Notes on vaccination in the North-West Frontier Province 1923-1928 - 1923-1928
Year: 1923
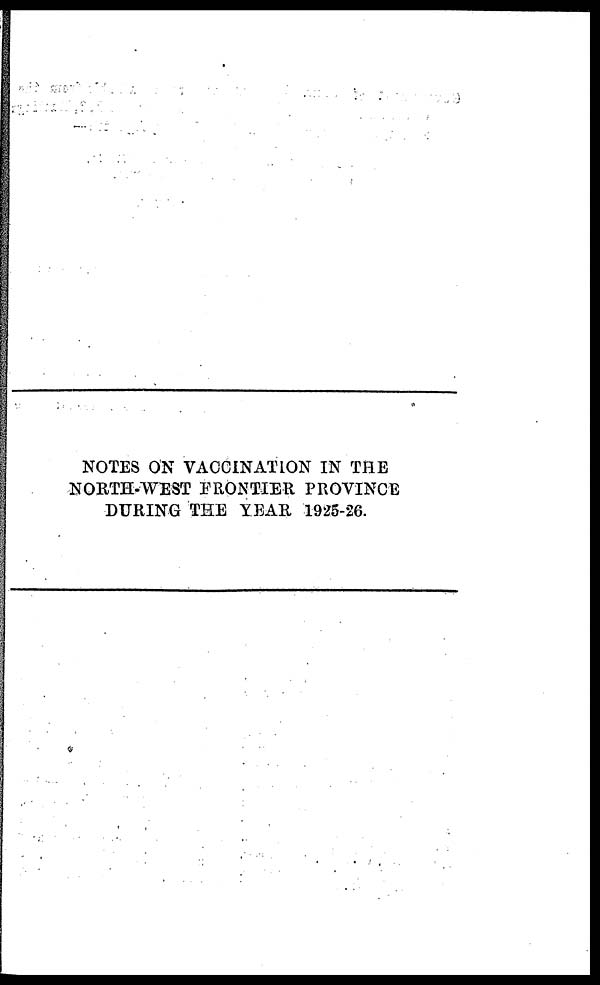
NOTES ON VACCINATION IN THE
NORTH-WEST FRONTIER PROVINCE
DURING THE YEAR 1925-26.